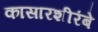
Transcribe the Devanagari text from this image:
कासारशीरंबे